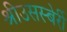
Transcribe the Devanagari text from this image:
श्रीउसस्बेर्री